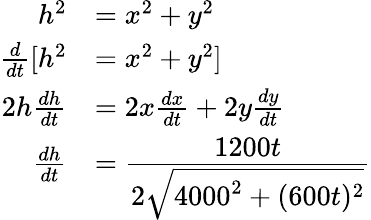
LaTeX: \begin{array}{rl}{h^{2}}&{=x^{2}+y^{2}}\\ {\frac{d}{dt}[h^{2}}&{=x^{2}+y^{2}]}\\ {2h\frac{dh}{dt}}&{=2x\frac{dx}{dt}+2y\frac{dy}{dt}}\\ {\frac{dh}{dt}}&{=\cfrac{1200t}{2\sqrt{4000^{2}+(600t)^{2}}}}\end{array}